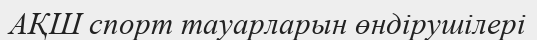
АҚШ спорт тауарларын өндірушілері